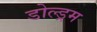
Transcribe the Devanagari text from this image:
डोल्ड्रम